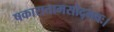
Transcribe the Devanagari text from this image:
षकारात्तामसोद्भवः।